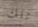
تلك